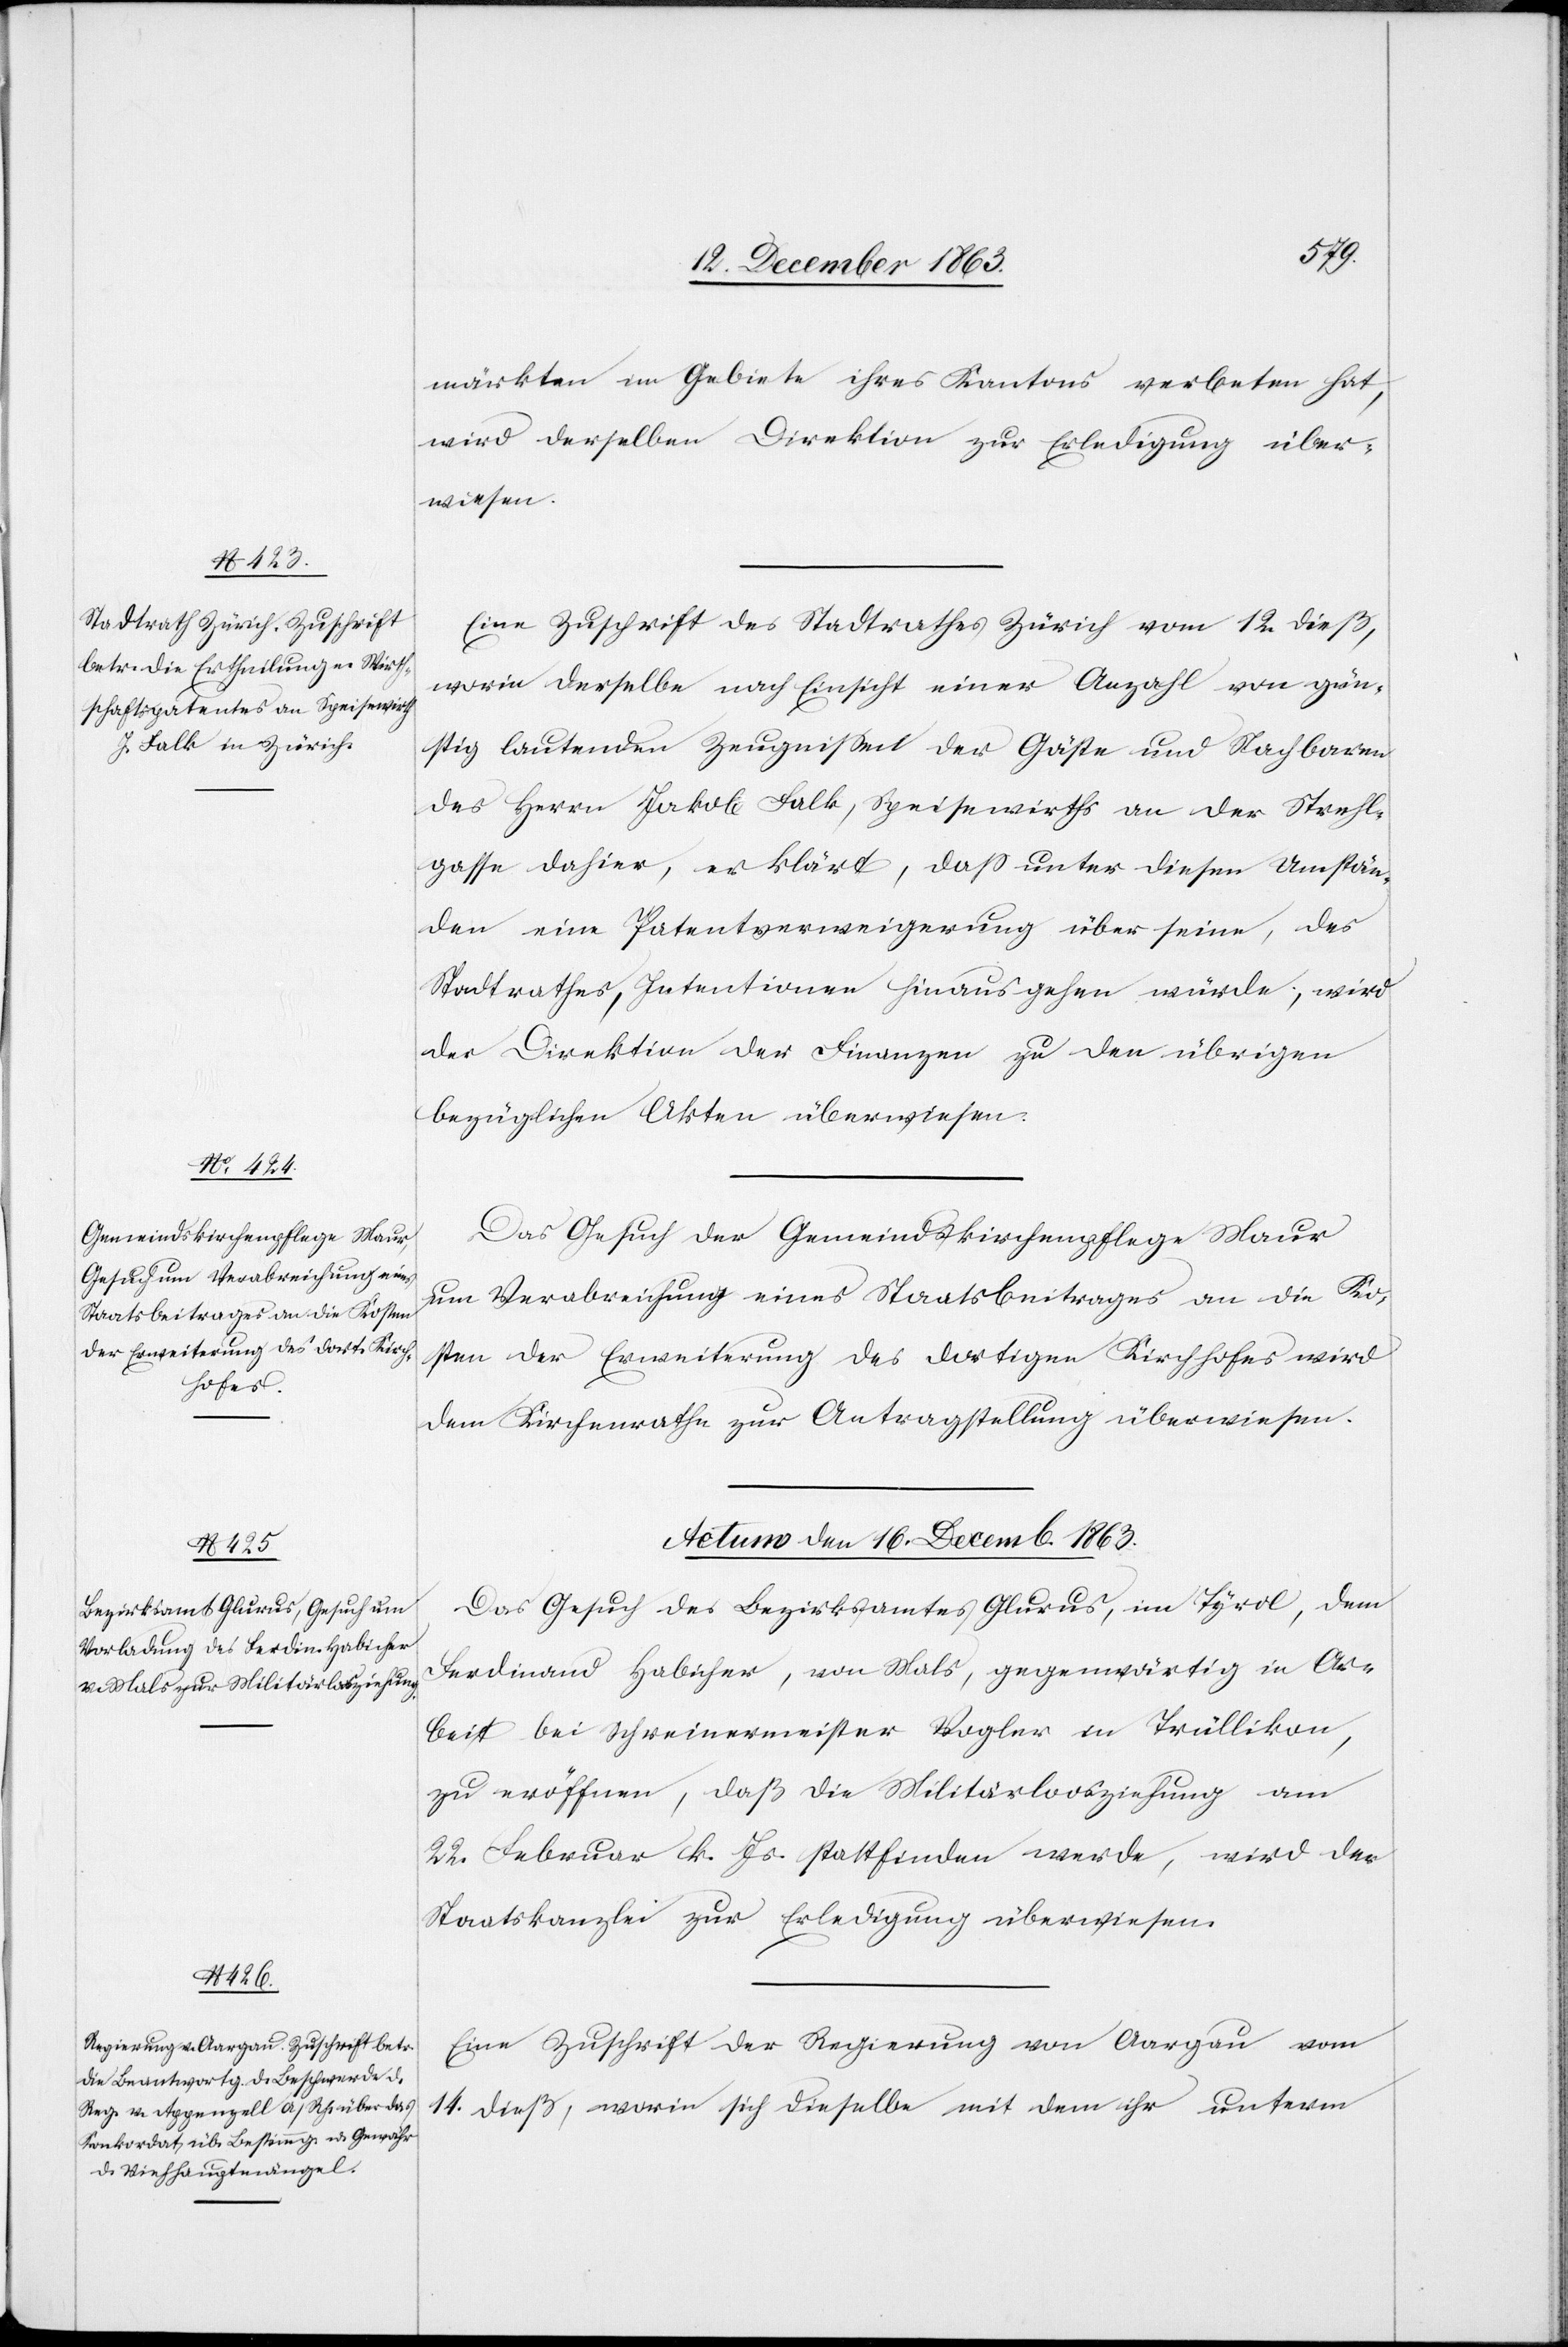
märkten im Gebiete ihres Kantons verbeten hat,
wird derselben Direktion zur Erledigung über¬
wiesen.
Eine Zuschrift des Stadtrathes Zürich vom 12. dieß,
worin derselbe nach Einsicht einer Anzahl von gün¬
stig lautenden Zeugnissen der Gäste und Nachbaren
des Herrn Jakob Falk, Speisewirths an der Strehl¬
gasse dahier, erklärt, dass unter diesen Umstän¬
den eine Patentverweigerung über seine, des
Stadtrathes, Intentionen hinausgehen würde, wird
der Direktion der Finanzen zu den übrigen
bezüglichen Akten überwiesen.
Das Gesuch der Gemeindskirchenpflege Maur
um Verabreichung eines Staatsbeitrages an die Ko¬
sten der Erweiterung des dortigen Kirchhofes wird
dem Kirchenrathe zur Antragstellung überwiesen.
Actum den 16. Decemb. 1863.]
Das Gesuch des Bezirksamtes Glurus, im Tyrol, dem
Ferdinand Habicher, von Mals, gegenwärtig in Ar¬
beit bei Schreinermeister Vogler in Trüllikon,
zu eröffnen, daß die Militärloosziehung
22. Februar k. Js. stattfinden werde, wird der
Staatskanzlei zur Erledigung überwiesen.
Eine Zuschrift der Regierung von Aargau vom
14. dieß, worin sich dieselbe mit dem ihr unterm